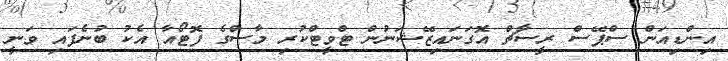
އިންޑިއަން ސްޕޭސް ރީސާޗް އޮގަނައިޒޭޝަނުން ޓްވީޓްކުރި މާސްގެ ފޮޓޯއާާ އެކު ބުނެފައި ވަނީ